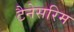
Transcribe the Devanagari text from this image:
टैनेसरिम